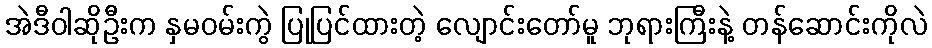
အဲဒီဝါဆိုဦးက နှမဝမ်းကွဲ ပြုပြင်ထားတဲ့ လျောင်းတော်မူ ဘုရားကြီးနဲ့ တန်ဆောင်းကိုလဲ